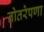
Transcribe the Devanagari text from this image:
तोतरेपणा